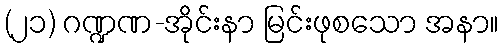
(၂၁) ဂဏ္ဍဏ-အိုင်းနာ မြင်းဖုစသော အနာ။